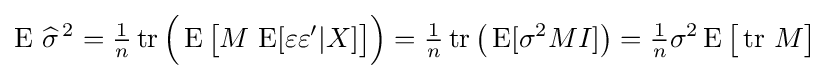
\operatorname {E} \,{\widehat {\sigma }}^{\,2}={\tfrac {1}{n}}\operatorname {tr} {\Big (}\operatorname {E} {\big [}M\,\operatorname {E} [\varepsilon \varepsilon '|X]{\big ]}{\Big )}={\tfrac {1}{n}}\operatorname {tr} {\big (}\operatorname {E} [\sigma ^{2}MI]{\big )}={\tfrac {1}{n}}\sigma ^{2}\operatorname {E} {\big [}\operatorname {tr} \,M{\big ]}